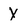
Character: Y